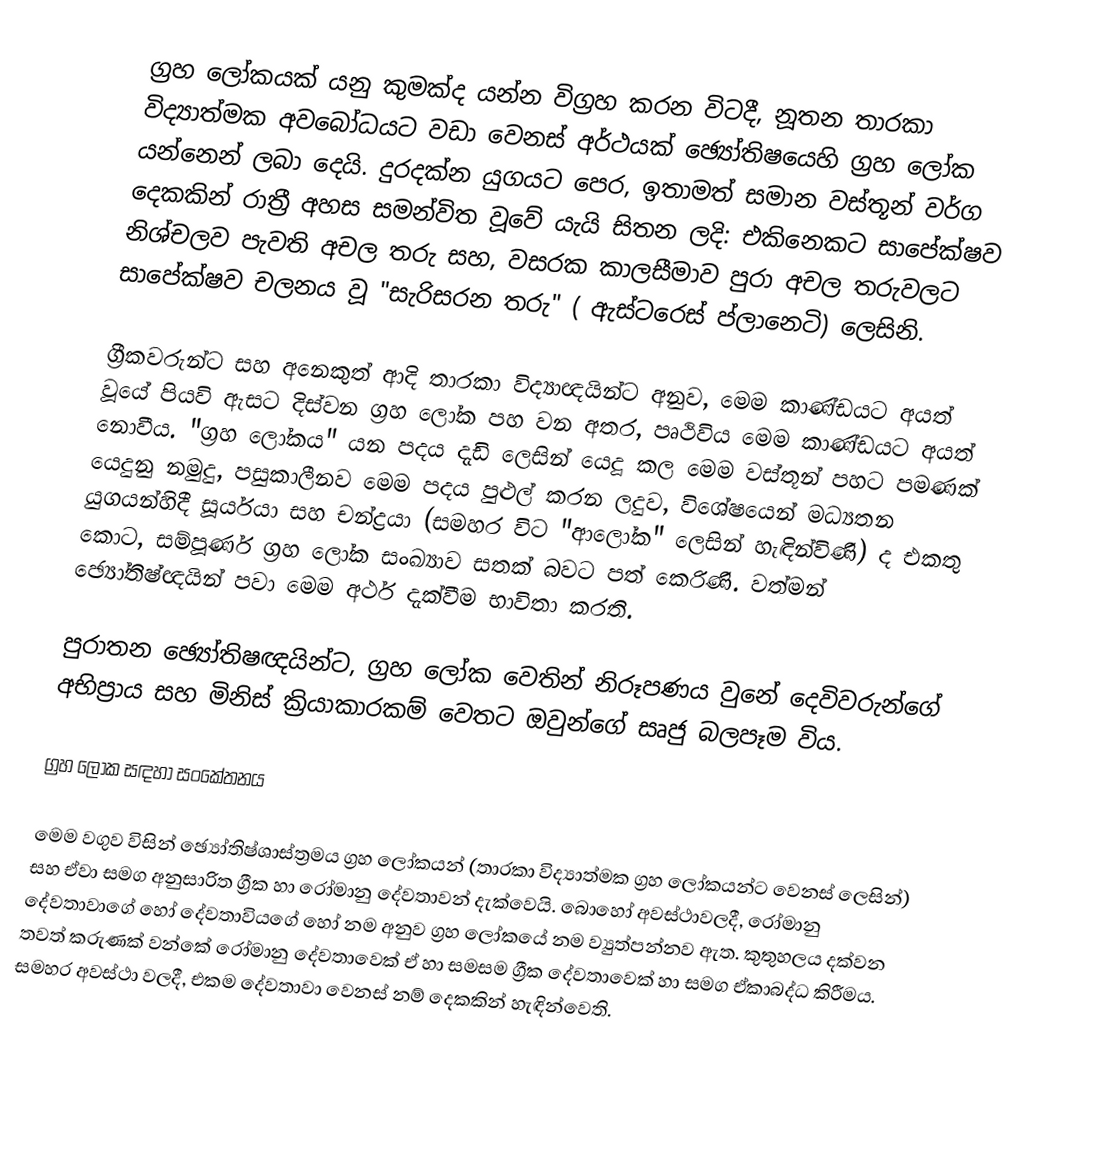
ග්‍රහ ලෝකයක් යනු කුමක්ද යන්න විග්‍රහ කරන විටදී,  නූතන තාරකා විද්‍යාත්මක අවබෝධයට වඩා වෙනස් අර්ථයක් ඡ්‍යෝතිෂයෙහි ග්‍රහ ලෝක යන්නෙන් ලබා දෙයි. දුරදක්න යුගයට පෙර, ඉතාමත් සමාන වස්තූන් වර්ග දෙකකින් රාත්‍රී අහස සමන්විත වූවේ යැයි සිතන ලදි: එකිනෙකට සාපේක්ෂව නිශ්චලව පැවති අචල තරු සහ, වසරක කාලසීමාව පුරා අචල තරුවලට සාපේක්ෂව චලනය වූ "සැරිසරන තරු" ( ඇස්ටරෙස් ප්ලානෙටි) ලෙසිනි.

ග්‍රීකවරුන්ට සහ අනෙකුත් ආදි තාරකා විද්‍යාඥයින්ට අනුව, මෙම කාණ්ඩයට අයත් වූයේ පියවි ඇසට දිස්වන ග්‍රහ ලෝක පහ වන අතර, පෘථිවිය මෙම කාණ්ඩයට අයත් නොවීය. "ග්‍රහ ලෝකය" යන පදය දැඩි ලෙසින් යෙදූ කල මෙම වස්තූන් පහට පමණක් යෙදුනු නමුදු, පසුකාලීනව මෙම පදය පුළුල් කරන ලදුව, විශේෂයෙන් මධ්‍යතන යුගයන්හිදී  සූර්යයා සහ චන්ද්‍රයා (සමහර විට "ආලෝක" ලෙසින් හැඳින්විණි) ද එකතු කොට, සම්පූර්ණ ග්‍රහ ලෝක සංඛ්‍යාව සතක් බවට පත් කෙරිණි. වත්මන් ඡ්‍යෝතිෂ්‍ඥයින් පවා මෙම අර්ථ දැක්වීම භාවිතා කරති.

පුරාතන ඡ්‍යෝතිෂඥයින්ට, ග්‍රහ ලෝක වෙතින් නිරූපණය වුනේ දෙවිවරුන්ගේ අභිප්‍රාය සහ මිනිස් ක්‍රියාකාරකම් වෙතට ඔවුන්ගේ සෘජු බලපෑම විය.

ග්‍රහ ලෝක සඳහා  සංකේතනය

මෙම වගුව විසින්  ඡ්‍යෝතිෂ්ශාස්ත්‍රමය ග්‍රහ ලෝකයන් (තාරකා විද්‍යාත්මක ග්‍රහ ලෝකයන්ට වෙනස් ලෙසින්) සහ ඒවා සමග අනුසාරිත ග්‍රීක හා රෝමානු දේවතාවන් දැක්වෙයි. බොහෝ අවස්ථාවලදී, රෝමානු දේවතාවාගේ හෝ දේවතාවියගේ හෝ නම අනුව ග්‍රහ ලෝකයේ නම ව්‍යුත්පන්නව ඇත. කුතුහලය දක්වන තවත් කරුණක් වන්කේ රෝමානු දේවතාවෙක් ඒ හා සමසම ග්‍රීක දේවතාවෙක් හා සමග ඒකාබද්ධ කිරීමය. සමහර අවස්ථා වලදී, එකම දේවතාවා වෙනස් නම් දෙකකින් හැඳින්වෙති.